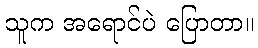
သူက အရောင်ပဲ ပြောတာ။